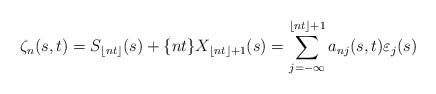
LaTeX: \begin{align*}\zeta_{n}(s,t)=S_{\lfloor nt \rfloor}(s) + \{nt\} X_{\lfloor nt \rfloor +1}(s)=\sum_{j=-\infty}^{\lfloor nt \rfloor +1} a_{nj}(s,t) \varepsilon_{j}(s)\end{align*}